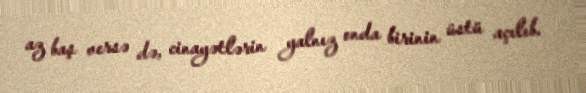
az baş versə də, cinayətlərin yalnız onda birinin üstü açılıb.